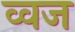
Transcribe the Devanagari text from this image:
व्वज